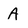
Character: A